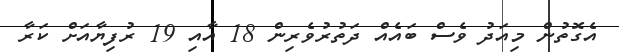
އެގޮތުން މިއަދު ވެސް ބައެއް ދަތުރުވެރިން 18 އާއި 19 ރުފިޔާއަށް ކަރާ